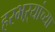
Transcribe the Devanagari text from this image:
हरभऱ्यांच्या